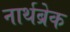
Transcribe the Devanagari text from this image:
नार्थब्रेक